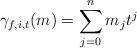
LaTeX: \begin{align*} \gamma_{f,i,t}(m) = \sum_{j=0}^n m_j t^j \end{align*}